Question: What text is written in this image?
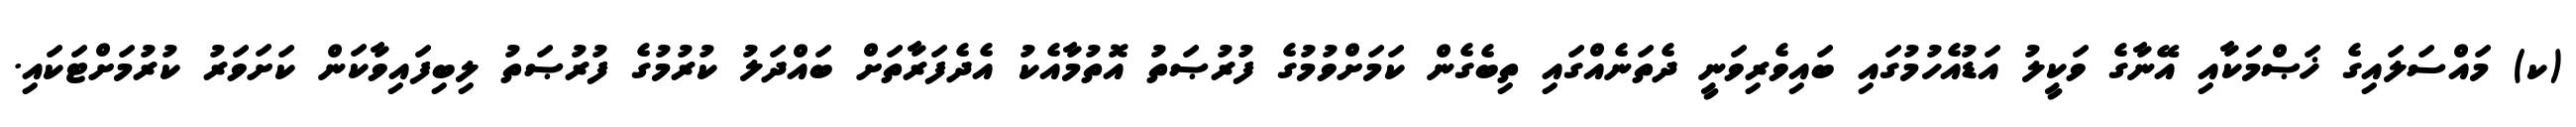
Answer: (ކ) މައްސަލައިގެ ޚަޞްމަކާއި އޭނާގެ ވަކީލު އަޑުއެހުމުގައި ބައިވެރިވަނީ ދެތަނެއްގައި ތިބެގެން ކަމަށްވުމުގެ ފުރުޞަތު އޮތުމާއެކު އެދެފަރާތަށް ބައްދަލު ކުރުމުގެ ފުރުޞަތު ލިބިފައިވާކަން ކަށަވަރު ކުރުމަށްޓަކައި.